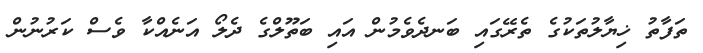
ތަފާތު ޚިޔާލުތަކުގެ ތެރޭގައި ބަނދެވެމުން އައި ބަތޫލްގެ ދެލޯ އަނެއްކާ ވެސް ކަރުނުން